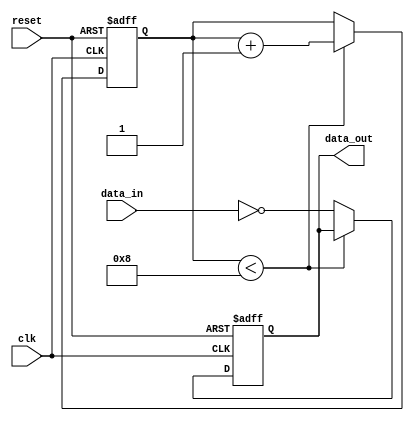
module timing_control_synchronization(
    input wire clk,
    input wire reset,
    input wire data_in,
    output reg data_out
);

reg [7:0] delay_counter;

always @(posedge clk or posedge reset) begin
    if (reset) begin
        delay_counter <= 0;
        data_out <= 1'b0;
    end else begin
        if (delay_counter < 8) begin
            delay_counter <= delay_counter + 1;
        end else begin
            data_out <= ~data_in;
        end
    end
end

endmodule